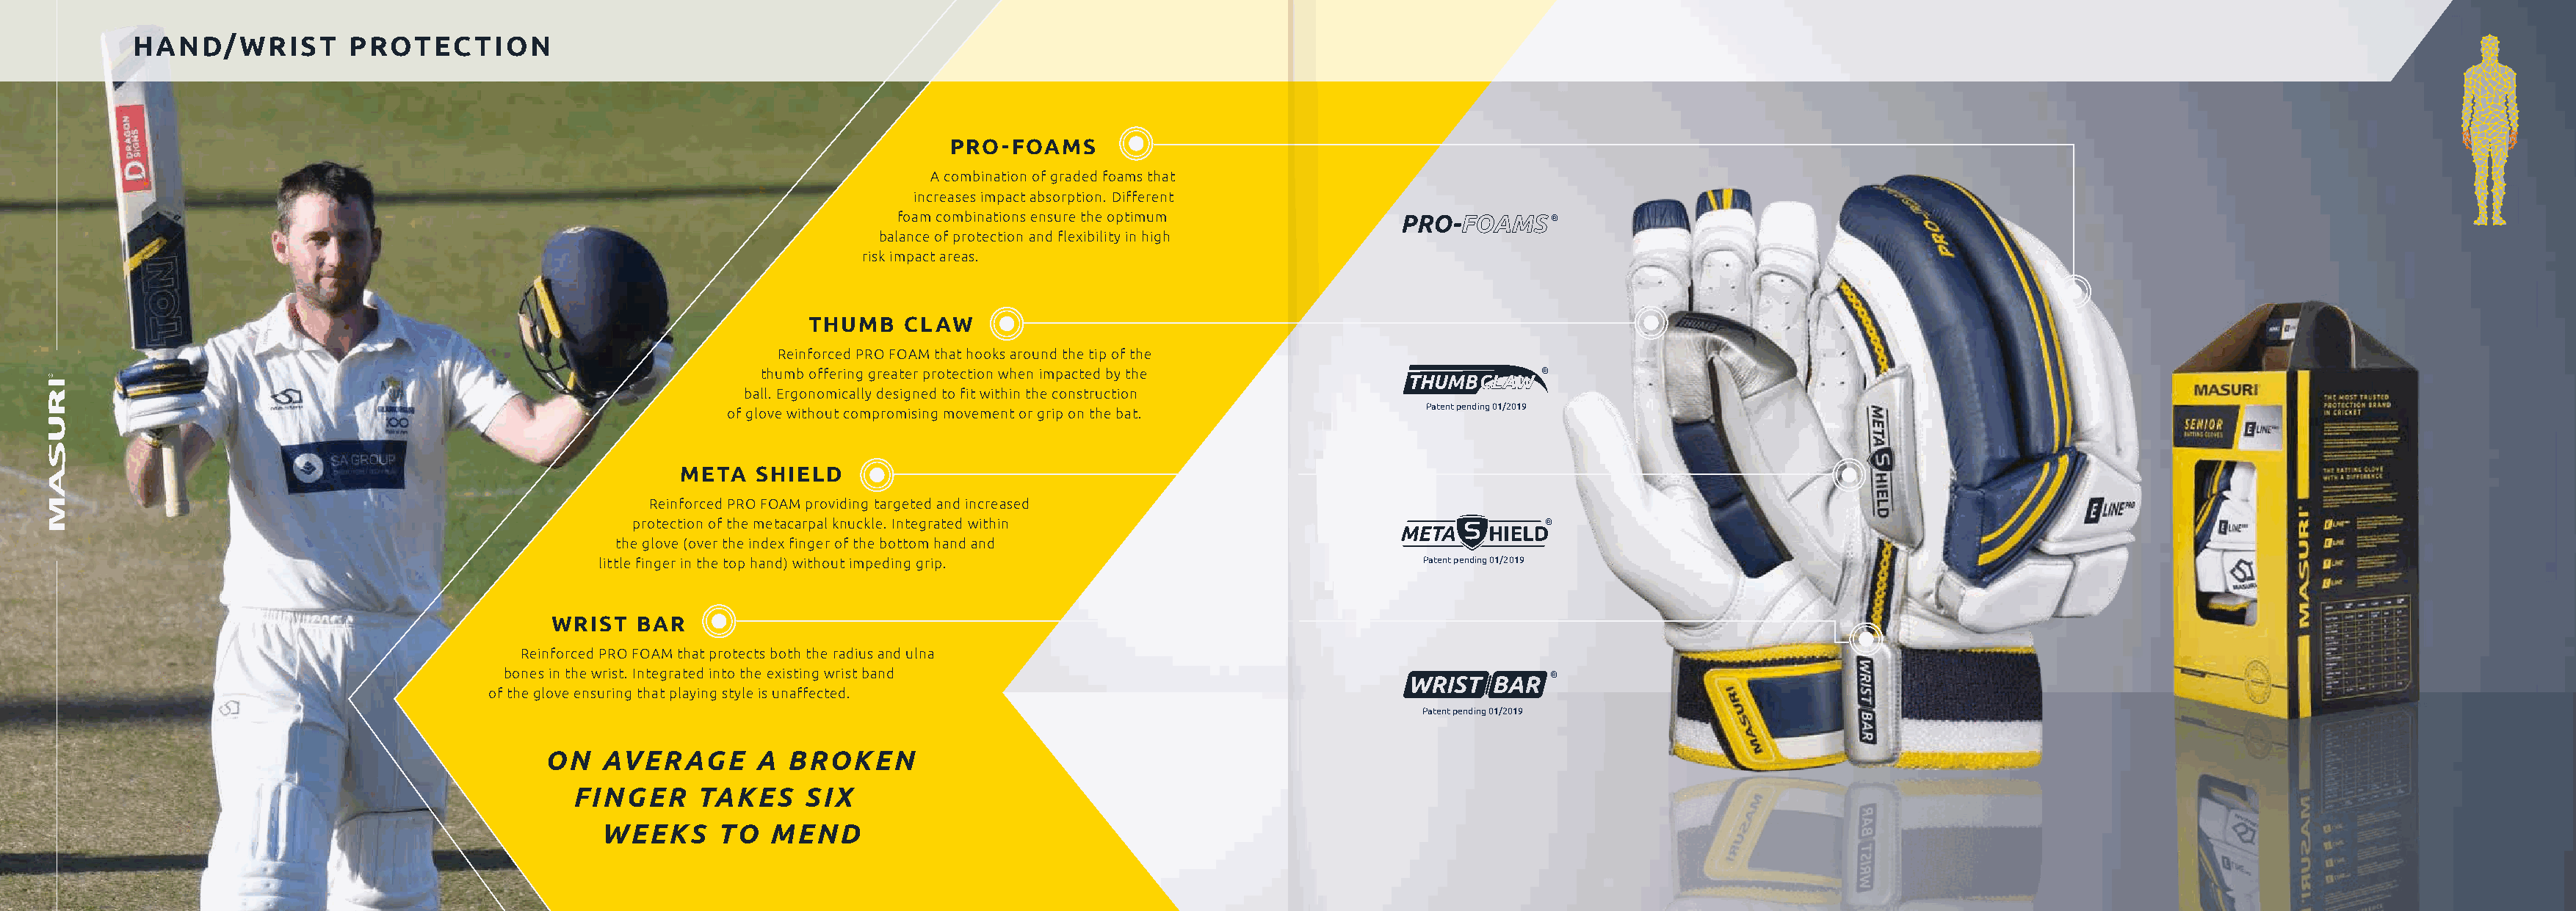
HAND/WRIST         PROTECTION
 PRO-FOAMS
 A combination of graded foams that
 increases impact absorption. Different
 foam combinations ensure the optimum                       ®
 balance of protection and flexibility in high
 risk impact areas.
 THUMB    CLAW
 Reinforced PRO FOAM that hooks around the tip of the
 thumb offering greater protection when impacted by the                ®
 ball. Ergonomically designed to fit within the construction
 Patent pending 01/2019
 of glove without compromising movement or grip on the bat.
 META   SHIELD
 Reinforced PRO FOAM providing targeted and increased
 protection of the metacarpal knuckle. Integrated within                           ®
 the glove (over the index finger of the bottom hand and
 little finger in the top hand) without impeding grip.                     Patent pending 01/2019
 WRIST  BAR
 Reinforced PRO FOAM that protects both the radius and ulna
 bones in the wrist. Integrated into the existing wrist band                                    ®
 of the glove ensuring that playing style is unaffected.
 Patent pending 01/2019
 ON   AVERAGE       A  BROKEN
 FINGER     TAKES     SIX
 WEEKS      TO  MEND